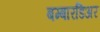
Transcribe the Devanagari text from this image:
बम्बारडिअर